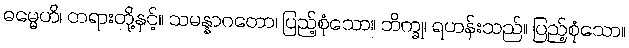
ဓမ္မေဟိ၊ တရားတို့နှင့်။ သမန္နာဂတော၊ ပြည့်စုံသော။ ဘိက္ခု၊ ရဟန်းသည်။ ပြည့်စုံသော။